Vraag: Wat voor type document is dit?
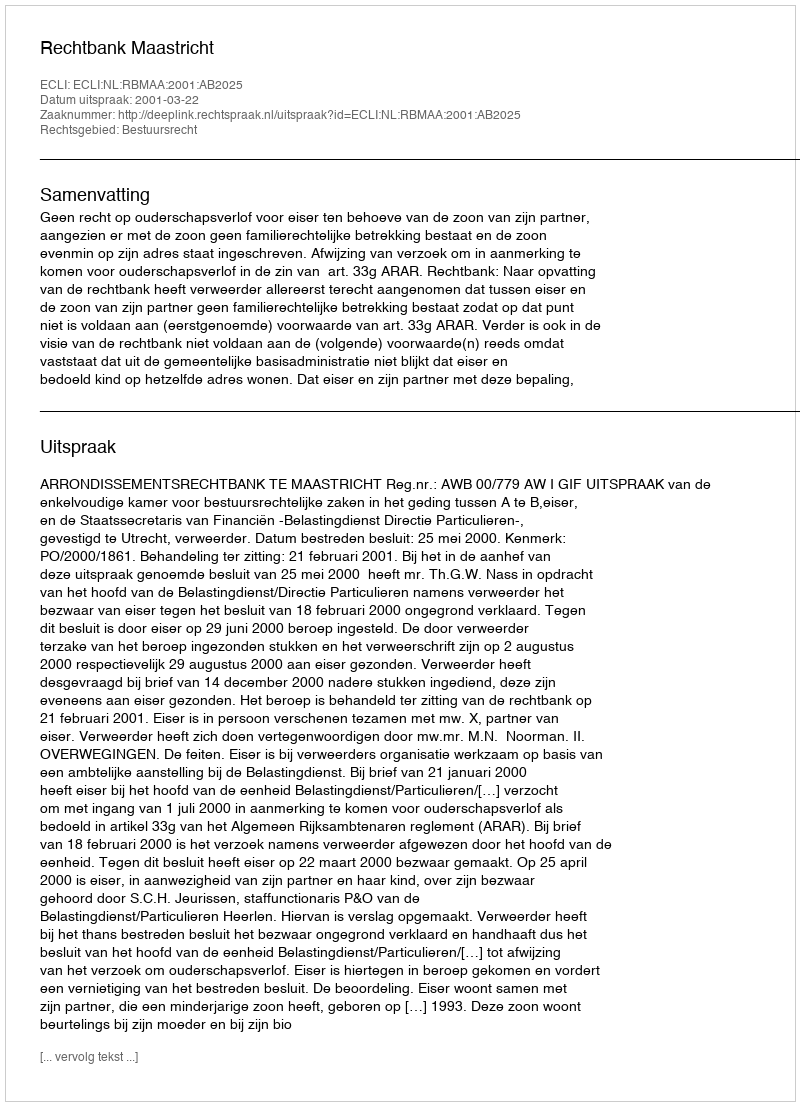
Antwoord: Uitspraak